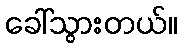
ခေါ်သွားတယ်။